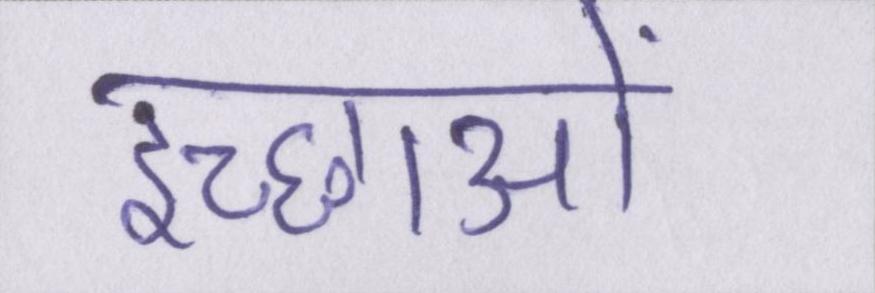
इच्छाओं